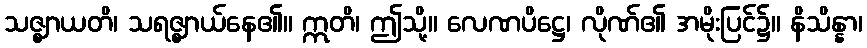
သဇ္ဈာယတိ၊ သရဇ္ဈာယ်နေ၏။ ဣတိ၊ ဤသို့။ လေဏပိဋ္ဌေ၊ လိုဏ်၏ အမိုးပြင်၌။ နိသိန္နာ၊